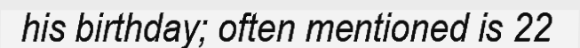
his birthday; often mentioned is 22